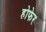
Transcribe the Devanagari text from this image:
होफेर